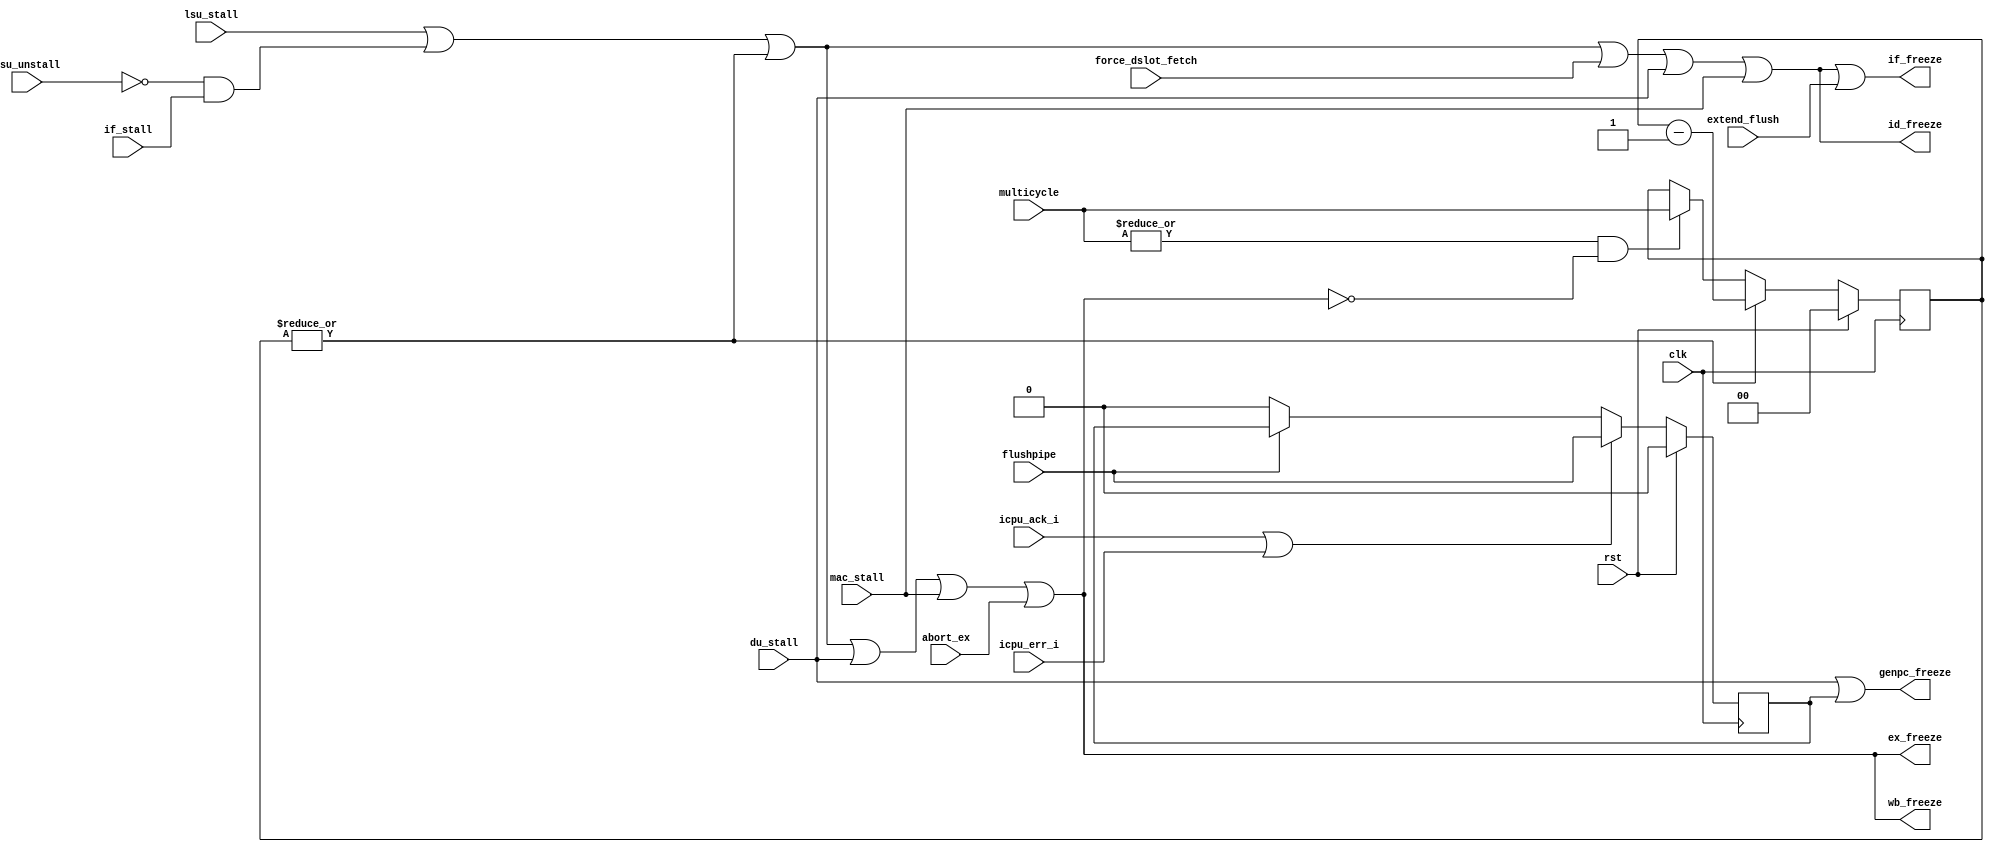
`define OR1200_DCFGR_NDP		3'h0	// Zero DVR/DCR pairs
`define OR1200_DCFGR_WPCI		1'b0	// WP counters not impl.
`define OR1200_DCFGR_RES1		28'h0000000
`define OR1200_M2R_BYTE0 4'b0000
`define OR1200_M2R_BYTE1 4'b0001
`define OR1200_M2R_BYTE2 4'b0010
`define OR1200_M2R_BYTE3 4'b0011
`define OR1200_M2R_EXTB0 4'b0100
`define OR1200_M2R_EXTB1 4'b0101
`define OR1200_M2R_EXTB2 4'b0110
`define OR1200_M2R_EXTB3 4'b0111
`define OR1200_M2R_ZERO  4'b0000
`define OR1200_ICCFGR_NCW		3'h0	// 1 cache way
`define OR1200_ICCFGR_NCS 9	// Num cache sets
`define OR1200_ICCFGR_CBS 9	// 16 byte cache block
`define OR1200_ICCFGR_CWS		1'b0	// Irrelevant
`define OR1200_ICCFGR_CCRI		1'b1	// Cache control reg impl.
`define OR1200_ICCFGR_CBIRI		1'b1	// Cache block inv reg impl.
`define OR1200_ICCFGR_CBPRI		1'b0	// Cache block prefetch reg not impl.
`define OR1200_ICCFGR_CBLRI		1'b0	// Cache block lock reg not impl.
`define OR1200_ICCFGR_CBFRI		1'b1	// Cache block flush reg impl.
`define OR1200_ICCFGR_CBWBRI		1'b0	// Irrelevant
`define OR1200_ICCFGR_RES1		17'h00000
//`define OR1200_ICCFGR_NCW_BITS		2:0
//`define OR1200_ICCFGR_NCS_BITS		6:3
`define OR1200_ICCFGR_CBS_BITS		7
`define OR1200_ICCFGR_CWS_BITS		8
`define OR1200_ICCFGR_CCRI_BITS		9
`define OR1200_ICCFGR_CBIRI_BITS	10
`define OR1200_ICCFGR_CBPRI_BITS	11
`define OR1200_ICCFGR_CBLRI_BITS	12
`define OR1200_ICCFGR_CBFRI_BITS	13
`define OR1200_ICCFGR_CBWBRI_BITS	14
//`define OR1200_ICCFGR_RES1_BITS	31:15
`define OR1200_DCCFGR_NCW		3'h0	// 1 cache way
`define OR1200_DCCFGR_NCS 9	// Num cache sets
`define OR1200_DCCFGR_CBS 9	// 16 byte cache block
`define OR1200_DCCFGR_CWS		1'b0	// Write-through strategy
`define OR1200_DCCFGR_CCRI		1'b1	// Cache control reg impl.
`define OR1200_DCCFGR_CBIRI		1'b1	// Cache block inv reg impl.
`define OR1200_DCCFGR_CBPRI		1'b0	// Cache block prefetch reg not impl.
`define OR1200_DCCFGR_CBLRI		1'b0	// Cache block lock reg not impl.
`define OR1200_DCCFGR_CBFRI		1'b1	// Cache block flush reg impl.
`define OR1200_DCCFGR_CBWBRI		1'b0	// Cache block WB reg not impl.
`define OR1200_DCCFGR_RES1		17'h00000
//`define OR1200_DCCFGR_NCW_BITS		2:0
//`define OR1200_DCCFGR_NCS_BITS		6:3
`define OR1200_DCCFGR_CBS_BITS		7
`define OR1200_DCCFGR_CWS_BITS		8
`define OR1200_DCCFGR_CCRI_BITS		9
`define OR1200_DCCFGR_CBIRI_BITS	10
`define OR1200_DCCFGR_CBPRI_BITS	11
`define OR1200_DCCFGR_CBLRI_BITS	12
`define OR1200_DCCFGR_CBFRI_BITS	13
`define OR1200_DCCFGR_CBWBRI_BITS	14
//`define OR1200_DCCFGR_RES1_BITS	31:15
`define OR1200_IMMUCFGR_NTW		2'h0	// 1 TLB way
`define OR1200_IMMUCFGR_NTS 3'b101	// Num TLB sets
`define OR1200_IMMUCFGR_NAE		3'h0	// No ATB entry
`define OR1200_IMMUCFGR_CRI		1'b0	// No control reg
`define OR1200_IMMUCFGR_PRI		1'b0	// No protection reg
`define OR1200_IMMUCFGR_TEIRI		1'b1	// TLB entry inv reg impl
`define OR1200_IMMUCFGR_HTR		1'b0	// No HW TLB reload
`define OR1200_IMMUCFGR_RES1		20'h00000
//`define OR1200_CPUCFGR_NSGF_BITS	3:0
`define OR1200_CPUCFGR_HGF_BITS	4
`define OR1200_CPUCFGR_OB32S_BITS	5
`define OR1200_CPUCFGR_OB64S_BITS	6
`define OR1200_CPUCFGR_OF32S_BITS	7
`define OR1200_CPUCFGR_OF64S_BITS	8
`define OR1200_CPUCFGR_OV64S_BITS	9
//`define OR1200_CPUCFGR_RES1_BITS	31:10
`define OR1200_CPUCFGR_NSGF		4'h0
`define OR1200_CPUCFGR_HGF		1'b0
`define OR1200_CPUCFGR_OB32S		1'b1
`define OR1200_CPUCFGR_OB64S		1'b0
`define OR1200_CPUCFGR_OF32S		1'b0
`define OR1200_CPUCFGR_OF64S		1'b0
`define OR1200_CPUCFGR_OV64S		1'b0
`define OR1200_CPUCFGR_RES1		22'h000000
`define OR1200_DMMUCFGR_NTW_BITS	1:0
`define OR1200_DMMUCFGR_NTS_BITS	4:2
`define OR1200_DMMUCFGR_NAE_BITS	7:5
`define OR1200_DMMUCFGR_CRI_BITS	8
`define OR1200_DMMUCFGR_PRI_BITS	9
`define OR1200_DMMUCFGR_TEIRI_BITS	10
`define OR1200_DMMUCFGR_HTR_BITS	11
//`define OR1200_DMMUCFGR_RES1_BITS	31:12
`define OR1200_DMMUCFGR_NTW		2'h0	// 1 TLB way
`define OR1200_DMMUCFGR_NTS 3'b110	// Num TLB sets
`define OR1200_DMMUCFGR_NAE		3'h0	// No ATB entries
`define OR1200_DMMUCFGR_CRI		1'b0	// No control register
`define OR1200_DMMUCFGR_PRI		1'b0	// No protection reg
`define OR1200_DMMUCFGR_TEIRI		1'b1	// TLB entry inv reg impl.
`define OR1200_DMMUCFGR_HTR		1'b0	// No HW TLB reload
`define OR1200_DMMUCFGR_RES1		20'h00000
`define OR1200_IMMUCFGR_NTW_BITS	1:0
`define OR1200_IMMUCFGR_NTS_BITS	4:2
`define OR1200_IMMUCFGR_NAE_BITS	7:5
`define OR1200_IMMUCFGR_CRI_BITS	8
`define OR1200_IMMUCFGR_PRI_BITS	9
`define OR1200_IMMUCFGR_TEIRI_BITS	10
`define OR1200_IMMUCFGR_HTR_BITS	11
//`define OR1200_IMMUCFGR_RES1_BITS	31:12
`define OR1200_SPRGRP_SYS_VR		4'h0
`define OR1200_SPRGRP_SYS_UPR		4'h1
`define OR1200_SPRGRP_SYS_CPUCFGR	4'h2
`define OR1200_SPRGRP_SYS_DMMUCFGR	4'h3
`define OR1200_SPRGRP_SYS_IMMUCFGR	4'h4
`define OR1200_SPRGRP_SYS_DCCFGR	4'h5
`define OR1200_SPRGRP_SYS_ICCFGR	4'h6
`define OR1200_SPRGRP_SYS_DCFGR	4'h7
`define OR1200_VR_REV_BITS		5:0
`define OR1200_VR_RES1_BITS		15:6
`define OR1200_VR_CFG_BITS		23:16
`define OR1200_VR_VER_BITS		31:24
`define OR1200_VR_REV			6'h01
`define OR1200_VR_RES1			10'h000
`define OR1200_VR_CFG			8'h00
`define OR1200_VR_VER			8'h12
`define OR1200_UPR_UP_BITS		0
`define OR1200_UPR_DCP_BITS		1
`define OR1200_UPR_ICP_BITS		2
`define OR1200_UPR_DMP_BITS		3
`define OR1200_UPR_IMP_BITS		4
`define OR1200_UPR_MP_BITS		5
`define OR1200_UPR_DUP_BITS		6
`define OR1200_UPR_PCUP_BITS		7
`define OR1200_UPR_PMP_BITS		8
`define OR1200_UPR_PICP_BITS		9
`define OR1200_UPR_TTP_BITS		10
`define OR1200_UPR_RES1_BITS		23:11
`define OR1200_UPR_CUP_BITS		31:24
`define OR1200_UPR_RES1			13'h0000
`define OR1200_UPR_CUP			8'h00
`define OR1200_DU_DSR_WIDTH 14
`define OR1200_EXCEPT_UNUSED		3'hf
`define OR1200_EXCEPT_TRAP		3'he
`define OR1200_EXCEPT_BREAK		3'hd
`define OR1200_EXCEPT_SYSCALL		3'hc
`define OR1200_EXCEPT_RANGE		3'hb
`define OR1200_EXCEPT_ITLBMISS		3'ha
`define OR1200_EXCEPT_DTLBMISS		3'h9
`define OR1200_EXCEPT_INT		3'h8
`define OR1200_EXCEPT_ILLEGAL		3'h7
`define OR1200_EXCEPT_ALIGN		3'h6
`define OR1200_EXCEPT_TICK		3'h5
`define OR1200_EXCEPT_IPF		3'h4
`define OR1200_EXCEPT_DPF		3'h3
`define OR1200_EXCEPT_BUSERR		3'h2
`define OR1200_EXCEPT_RESET		3'h1
`define OR1200_EXCEPT_NONE		3'h0
`define OR1200_OPERAND_WIDTH		32
`define OR1200_REGFILE_ADDR_WIDTH	5
`define OR1200_ALUOP_WIDTH	4
`define OR1200_ALUOP_NOP	4'b000
`define OR1200_ALUOP_ADD	4'b0000
`define OR1200_ALUOP_ADDC	4'b0001
`define OR1200_ALUOP_SUB	4'b0010
`define OR1200_ALUOP_AND	4'b0011
`define OR1200_ALUOP_OR		4'b0100
`define OR1200_ALUOP_XOR	4'b0101
`define OR1200_ALUOP_MUL	4'b0110
`define OR1200_ALUOP_CUST5	4'b0111
`define OR1200_ALUOP_SHROT	4'b1000
`define OR1200_ALUOP_DIV	4'b1001
`define OR1200_ALUOP_DIVU	4'b1010
`define OR1200_ALUOP_IMM	4'b1011
`define OR1200_ALUOP_MOVHI	4'b1100
`define OR1200_ALUOP_COMP	4'b1101
`define OR1200_ALUOP_MTSR	4'b1110
`define OR1200_ALUOP_MFSR	4'b1111
`define OR1200_ALUOP_CMOV 4'b1110
`define OR1200_ALUOP_FF1  4'b1111
`define OR1200_MACOP_WIDTH	2
`define OR1200_MACOP_NOP	2'b00
`define OR1200_MACOP_MAC	2'b01
`define OR1200_MACOP_MSB	2'b10
`define OR1200_SHROTOP_WIDTH	2
`define OR1200_SHROTOP_NOP	2'b00
`define OR1200_SHROTOP_SLL	2'b00
`define OR1200_SHROTOP_SRL	2'b01
`define OR1200_SHROTOP_SRA	2'b10
`define OR1200_SHROTOP_ROR	2'b11
`define OR1200_MULTICYCLE_WIDTH	2
`define OR1200_ONE_CYCLE		2'b00
`define OR1200_TWO_CYCLES		2'b01
`define OR1200_SEL_WIDTH		2
`define OR1200_SEL_RF			2'b00
`define OR1200_SEL_IMM			2'b01
`define OR1200_SEL_EX_FORW		2'b10
`define OR1200_SEL_WB_FORW		2'b11
`define OR1200_BRANCHOP_WIDTH		3
`define OR1200_BRANCHOP_NOP		3'b000
`define OR1200_BRANCHOP_J		3'b001
`define OR1200_BRANCHOP_JR		3'b010
`define OR1200_BRANCHOP_BAL		3'b011
`define OR1200_BRANCHOP_BF		3'b100
`define OR1200_BRANCHOP_BNF		3'b101
`define OR1200_BRANCHOP_RFE		3'b110
`define OR1200_LSUOP_WIDTH		4
`define OR1200_LSUOP_NOP		4'b0000
`define OR1200_LSUOP_LBZ		4'b0010
`define OR1200_LSUOP_LBS		4'b0011
`define OR1200_LSUOP_LHZ		4'b0100
`define OR1200_LSUOP_LHS		4'b0101
`define OR1200_LSUOP_LWZ		4'b0110
`define OR1200_LSUOP_LWS		4'b0111
`define OR1200_LSUOP_LD		4'b0001
`define OR1200_LSUOP_SD		4'b1000
`define OR1200_LSUOP_SB		4'b1010
`define OR1200_LSUOP_SH		4'b1100
`define OR1200_LSUOP_SW		4'b1110
`define OR1200_FETCHOP_WIDTH		1
`define OR1200_FETCHOP_NOP		1'b0
`define OR1200_FETCHOP_LW		1'b1
`define OR1200_RFWBOP_WIDTH		3
`define OR1200_RFWBOP_NOP		3'b000
`define OR1200_RFWBOP_ALU		3'b001
`define OR1200_RFWBOP_LSU		3'b011
`define OR1200_RFWBOP_SPRS		3'b101
`define OR1200_RFWBOP_LR		3'b111
`define OR1200_COP_SFEQ       3'b000
`define OR1200_COP_SFNE       3'b001
`define OR1200_COP_SFGT       3'b010
`define OR1200_COP_SFGE       3'b011
`define OR1200_COP_SFLT       3'b100
`define OR1200_COP_SFLE       3'b101
`define OR1200_COP_X          3'b111
`define OR1200_SIGNED_COMPARE 3'b011
`define OR1200_COMPOP_WIDTH	4
`define OR1200_ITAG_IDLE	4'h0	// idle bus
`define	OR1200_ITAG_NI		4'h1	// normal insn
`define OR1200_ITAG_BE		4'hb	// Bus error exception
`define OR1200_ITAG_PE		4'hc	// Page fault exception
`define OR1200_ITAG_TE		4'hd	// TLB miss exception
`define OR1200_DTAG_IDLE	4'h0	// idle bus
`define	OR1200_DTAG_ND		4'h1	// normal data
`define OR1200_DTAG_AE		4'ha	// Alignment exception
`define OR1200_DTAG_BE		4'hb	// Bus error exception
`define OR1200_DTAG_PE		4'hc	// Page fault exception
`define OR1200_DTAG_TE		4'hd	// TLB miss exception
`define OR1200_DU_DSR_RSTE	0
`define OR1200_DU_DSR_BUSEE	1
`define OR1200_DU_DSR_DPFE	2
`define OR1200_DU_DSR_IPFE	3
`define OR1200_DU_DSR_TTE	4
`define OR1200_DU_DSR_AE	5
`define OR1200_DU_DSR_IIE	6
`define OR1200_DU_DSR_IE	7
`define OR1200_DU_DSR_DME	8
`define OR1200_DU_DSR_IME	9
`define OR1200_DU_DSR_RE	10
`define OR1200_DU_DSR_SCE	11
`define OR1200_DU_DSR_BE	12
`define OR1200_DU_DSR_TE	13
//`define OR1200_SHROTOP_POS		7:6
//`define OR1200_ALUMCYC_POS		9:8
`define OR1200_OR32_J                 6'b000000
`define OR1200_OR32_JAL               6'b000001
`define OR1200_OR32_BNF               6'b000011
`define OR1200_OR32_BF                6'b000100
`define OR1200_OR32_NOP               6'b000101
`define OR1200_OR32_MOVHI             6'b000110
`define OR1200_OR32_XSYNC             6'b001000
`define OR1200_OR32_RFE               6'b001001
`define OR1200_OR32_JR                6'b010001
`define OR1200_OR32_JALR              6'b010010
`define OR1200_OR32_MACI              6'b010011
`define OR1200_OR32_LWZ               6'b100001
`define OR1200_OR32_LBZ               6'b100011
`define OR1200_OR32_LBS               6'b100100
`define OR1200_OR32_LHZ               6'b100101
`define OR1200_OR32_LHS               6'b100110
`define OR1200_OR32_ADDI              6'b100111
`define OR1200_OR32_ADDIC             6'b101000
`define OR1200_OR32_ANDI              6'b101001
`define OR1200_OR32_ORI               6'b101010
`define OR1200_OR32_XORI              6'b101011
`define OR1200_OR32_MULI              6'b101100
`define OR1200_OR32_MFSPR             6'b101101
`define OR1200_OR32_SH_ROTI 	      6'b101110
`define OR1200_OR32_SFXXI             6'b101111
`define OR1200_OR32_MTSPR             6'b110000
`define OR1200_OR32_MACMSB            6'b110001
`define OR1200_OR32_SW                6'b110101
`define OR1200_OR32_SB                6'b110110
`define OR1200_OR32_SH                6'b110111
`define OR1200_OR32_ALU               6'b111000
`define OR1200_OR32_SFXX              6'b111001
`define OR1200_OR32_CUST5             6'b111100
`define OR1200_EXCEPT_EPH0_P 20'h00000
`define OR1200_EXCEPT_EPH1_P 20'hF0000
`define OR1200_EXCEPT_V		   8'h00
`define OR1200_EXCEPT_WIDTH 4
`define OR1200_SPR_GROUP_SYS	5'b00000
`define OR1200_SPR_GROUP_DMMU	5'b00001
`define OR1200_SPR_GROUP_IMMU	5'b00010
`define OR1200_SPR_GROUP_DC	5'b00011
`define OR1200_SPR_GROUP_IC	5'b00100
`define OR1200_SPR_GROUP_MAC	5'b00101
`define OR1200_SPR_GROUP_DU	5'b00110
`define OR1200_SPR_GROUP_PM	5'b01000
`define OR1200_SPR_GROUP_PIC	5'b01001
`define OR1200_SPR_GROUP_TT	5'b01010
`define OR1200_SPR_CFGR		7'b0000000
`define OR1200_SPR_RF		6'b100000	// 1024 >> 5
`define OR1200_SPR_NPC		11'b00000010000
`define OR1200_SPR_SR		11'b00000010001
`define OR1200_SPR_PPC		11'b00000010010
`define OR1200_SPR_EPCR		11'b00000100000
`define OR1200_SPR_EEAR		11'b00000110000
`define OR1200_SPR_ESR		11'b00001000000
`define OR1200_SR_WIDTH 16
`define OR1200_SR_SM   0
`define OR1200_SR_TEE  1
`define OR1200_SR_IEE  2
`define OR1200_SR_DCE  3
`define OR1200_SR_ICE  4
`define OR1200_SR_DME  5
`define OR1200_SR_IME  6
`define OR1200_SR_LEE  7
`define OR1200_SR_CE   8
`define OR1200_SR_F    9
`define OR1200_SR_CY   10	// Unused
`define OR1200_SR_OV   11	// Unused
`define OR1200_SR_OVE  12	// Unused
`define OR1200_SR_DSX  13	// Unused
`define OR1200_SR_EPH  14
`define OR1200_SR_FO   15
`define OR1200_SR_EPH_DEF	1'b0
`define OR1200_PM_PMR_DME 4
`define OR1200_PM_PMR_SME 5
`define OR1200_PM_PMR_DCGE 6
`define OR1200_PM_OFS_PMR 11'b0
`define OR1200_SPRGRP_PM 5'b01000
`define OR1200_PIC_INTS 20
`define OR1200_PIC_OFS_PICMR 2'b00
`define OR1200_PIC_OFS_PICSR 2'b10
`define OR1200_TT_OFS_TTMR 1'b0
`define OR1200_TT_OFS_TTCR 1'b1
`define OR1200_TTOFS_BITS 0
`define OR1200_TT_TTMR_IP 28
`define OR1200_TT_TTMR_IE 29
`define OR1200_MAC_ADDR		0	// MACLO 0xxxxxxxx1, MACHI 0xxxxxxxx0
`define OR1200_MAC_SHIFTBY	0	// 0 = According to arch manual, 28 = obsolete backward compatibility
`define OR1200_DTLB_TM_ADDR	7
`define	OR1200_DTLBMR_V_BITS	0
`define	OR1200_DTLBTR_CC_BITS	0
`define	OR1200_DTLBTR_CI_BITS	1
`define	OR1200_DTLBTR_WBC_BITS	2
`define	OR1200_DTLBTR_WOM_BITS	3
`define	OR1200_DTLBTR_A_BITS	4
`define	OR1200_DTLBTR_D_BITS	5
`define	OR1200_DTLBTR_URE_BITS	6
`define	OR1200_DTLBTR_UWE_BITS	7
`define	OR1200_DTLBTR_SRE_BITS	8
`define	OR1200_DTLBTR_SWE_BITS	9
`define	OR1200_DMMU_PS		13					// 13 for 8KB page size
`define	OR1200_DTLB_INDXW	6							// +5 because of protection bits and CI
`define OR1200_ITLB_TM_ADDR	7
`define	OR1200_ITLBMR_V_BITS	0
`define	OR1200_ITLBTR_CC_BITS	0
`define	OR1200_ITLBTR_CI_BITS	1
`define	OR1200_ITLBTR_WBC_BITS	2
`define	OR1200_ITLBTR_WOM_BITS	3
`define	OR1200_ITLBTR_A_BITS	4
`define	OR1200_ITLBTR_D_BITS	5
`define	OR1200_ITLBTR_SXE_BITS	6
`define	OR1200_ITLBTR_UXE_BITS	7
`define	OR1200_IMMU_PS 13					
`define	OR1200_ITLB_INDXW	6			
`define OR1200_IMMU_CI			1'b0
`define OR1200_ICLS		4
`define OR1200_DCLS		4
// `define OR1200_DC_STORE_REFILL
`define OR1200_DCSIZE			12			// 4096
`define	OR1200_DCTAG_W			21
//`define OR1200_SB_IMPLEMENTED
`define OR1200_SB_LOG		2	// 2 or 3
`define OR1200_SB_ENTRIES	4	// 4 or 8
`define OR1200_QMEM_IADDR	32'h00800000
`define OR1200_QMEM_IMASK	32'hfff00000	// Max QMEM size 1MB
`define OR1200_QMEM_DADDR  32'h00800000
`define OR1200_QMEM_DMASK  32'hfff00000 // Max QMEM size 1MB
//`define OR1200_QMEM_BSEL
//`define OR1200_QMEM_ACK
`define OR1200_SPRGRP_SYS_VR		4'h0
`define OR1200_SPRGRP_SYS_UPR		4'h1
`define OR1200_SPRGRP_SYS_CPUCFGR	4'h2
`define OR1200_SPRGRP_SYS_DMMUCFGR	4'h3
`define OR1200_SPRGRP_SYS_IMMUCFGR	4'h4
`define OR1200_SPRGRP_SYS_DCCFGR	4'h5
`define OR1200_SPRGRP_SYS_ICCFGR	4'h6
`define OR1200_SPRGRP_SYS_DCFGR	4'h7
`define OR1200_VR_REV			6'h01
`define OR1200_VR_RES1			10'h000
`define OR1200_VR_CFG			8'h00
`define OR1200_VR_VER			8'h12
`define OR1200_UPR_UP			1'b1
`define OR1200_UPR_DCP			1'b1
`define OR1200_UPR_ICP			1'b1
`define OR1200_UPR_DMP			1'b1
`define OR1200_UPR_IMP			1'b1
`define OR1200_UPR_MP			1'b1	// MAC always present
`define OR1200_UPR_DUP			1'b1
`define OR1200_UPR_PCUP			1'b0	// Performance counters not present
`define OR1200_UPR_PMP			1'b1
`define OR1200_UPR_PICP			1'b1
`define OR1200_UPR_TTP			1'b1
`define OR1200_UPR_RES1			13'h0000
`define OR1200_UPR_CUP			8'h00
`define OR1200_CPUCFGR_HGF_BITS	4
`define OR1200_CPUCFGR_OB32S_BITS	5
`define OR1200_CPUCFGR_OB64S_BITS	6
`define OR1200_CPUCFGR_OF32S_BITS	7
`define OR1200_CPUCFGR_OF64S_BITS	8
`define OR1200_CPUCFGR_OV64S_BITS	9
`define OR1200_CPUCFGR_NSGF		4'h0
`define OR1200_CPUCFGR_HGF		1'b0
`define OR1200_CPUCFGR_OB32S		1'b1
`define OR1200_CPUCFGR_OB64S		1'b0
`define OR1200_CPUCFGR_OF32S		1'b0
`define OR1200_CPUCFGR_OF64S		1'b0
`define OR1200_CPUCFGR_OV64S		1'b0
`define OR1200_CPUCFGR_RES1		22'h000000
`define OR1200_DMMUCFGR_CRI_BITS	8
`define OR1200_DMMUCFGR_PRI_BITS	9
`define OR1200_DMMUCFGR_TEIRI_BITS	10
`define OR1200_DMMUCFGR_HTR_BITS	11
`define OR1200_DMMUCFGR_NTW		2'h0	// 1 TLB way
`define OR1200_DMMUCFGR_NAE		3'h0	// No ATB entries
`define OR1200_DMMUCFGR_CRI		1'b0	// No control register
`define OR1200_DMMUCFGR_PRI		1'b0	// No protection reg
`define OR1200_DMMUCFGR_TEIRI		1'b1	// TLB entry inv reg impl.
`define OR1200_DMMUCFGR_HTR		1'b0	// No HW TLB reload
`define OR1200_DMMUCFGR_RES1		20'h00000
`define OR1200_IMMUCFGR_CRI_BITS	8
`define OR1200_IMMUCFGR_PRI_BITS	9
`define OR1200_IMMUCFGR_TEIRI_BITS	10
`define OR1200_IMMUCFGR_HTR_BITS	11
`define OR1200_IMMUCFGR_NTW		2'h0	// 1 TLB way
`define OR1200_IMMUCFGR_NAE		3'h0	// No ATB entry
`define OR1200_IMMUCFGR_CRI		1'b0	// No control reg
`define OR1200_IMMUCFGR_PRI		1'b0	// No protection reg
`define OR1200_IMMUCFGR_TEIRI		1'b1	// TLB entry inv reg impl
`define OR1200_IMMUCFGR_HTR		1'b0	// No HW TLB reload
`define OR1200_IMMUCFGR_RES1		20'h00000
`define OR1200_DCCFGR_CBS_BITS		7
`define OR1200_DCCFGR_CWS_BITS		8
`define OR1200_DCCFGR_CCRI_BITS		9
`define OR1200_DCCFGR_CBIRI_BITS	10
`define OR1200_DCCFGR_CBPRI_BITS	11
`define OR1200_DCCFGR_CBLRI_BITS	12
`define OR1200_DCCFGR_CBFRI_BITS	13
`define OR1200_DCCFGR_CBWBRI_BITS	14
`define OR1200_DCCFGR_NCW		3'h0	// 1 cache way
`define OR1200_DCCFGR_CWS		1'b0	// Write-through strategy
`define OR1200_DCCFGR_CCRI		1'b1	// Cache control reg impl.
`define OR1200_DCCFGR_CBIRI		1'b1	// Cache block inv reg impl.
`define OR1200_DCCFGR_CBPRI		1'b0	// Cache block prefetch reg not impl.
`define OR1200_DCCFGR_CBLRI		1'b0	// Cache block lock reg not impl.
`define OR1200_DCCFGR_CBFRI		1'b1	// Cache block flush reg impl.
`define OR1200_DCCFGR_CBWBRI		1'b0	// Cache block WB reg not impl.
`define OR1200_DCCFGR_RES1		17'h00000
`define OR1200_ICCFGR_CBS_BITS		7
`define OR1200_ICCFGR_CWS_BITS		8
`define OR1200_ICCFGR_CCRI_BITS		9
`define OR1200_ICCFGR_CBIRI_BITS	10
`define OR1200_ICCFGR_CBPRI_BITS	11
`define OR1200_ICCFGR_CBLRI_BITS	12
`define OR1200_ICCFGR_CBFRI_BITS	13
`define OR1200_ICCFGR_CBWBRI_BITS	14
`define OR1200_ICCFGR_NCW		3'h0	// 1 cache way
`define OR1200_ICCFGR_CWS		1'b0	// Irrelevant
`define OR1200_ICCFGR_CCRI		1'b1	// Cache control reg impl.
`define OR1200_ICCFGR_CBIRI		1'b1	// Cache block inv reg impl.
`define OR1200_ICCFGR_CBPRI		1'b0	// Cache block prefetch reg not impl.
`define OR1200_ICCFGR_CBLRI		1'b0	// Cache block lock reg not impl.
`define OR1200_ICCFGR_CBFRI		1'b1	// Cache block flush reg impl.
`define OR1200_ICCFGR_CBWBRI		1'b0	// Irrelevant
`define OR1200_ICCFGR_RES1		17'h00000
`define OR1200_DCFGR_WPCI_BITS		3
`define OR1200_DCFGR_NDP		3'h0	// Zero DVR/DCR pairs
`define OR1200_DCFGR_WPCI		1'b0	// WP counters not impl.
`define OR1200_DCFGR_RES1		28'h0000000
`define SIMULATION_MEMORY
`define OR1200_ITAG_IDLE	4'h0	// idle bus
`define	OR1200_ITAG_NI		4'h1	// normal insn
`define OR1200_ITAG_BE		4'hb	// Bus error exception
`define OR1200_ITAG_PE		4'hc	// Page fault exception
`define OR1200_ITAG_TE		4'hd	// TLB miss exception
`define OR1200_BRANCHOP_WIDTH		3
`define OR1200_BRANCHOP_NOP		3'b000
`define OR1200_BRANCHOP_J		3'b001
`define OR1200_BRANCHOP_JR		3'b010
`define OR1200_BRANCHOP_BAL		3'b011
`define OR1200_BRANCHOP_BF		3'b100
`define OR1200_BRANCHOP_BNF		3'b101
`define OR1200_BRANCHOP_RFE		3'b110
`define OR1200_EXCEPT_WIDTH 4
`define OR1200_EXCEPT_EPH0_P 20'h00000
`define OR1200_EXCEPT_EPH1_P 20'hF0000
`define OR1200_EXCEPT_V		   8'h00
`define OR1200_ITAG_IDLE	4'h0	// idle bus
`define	OR1200_ITAG_NI		4'h1	// normal insn
`define OR1200_ITAG_BE		4'hb	// Bus error exception
`define OR1200_ITAG_PE		4'hc	// Page fault exception
`define OR1200_ITAG_TE		4'hd	// TLB miss exception
`define OR1200_OR32_J                 6'b000000
`define OR1200_OR32_JAL               6'b000001
`define OR1200_OR32_BNF               6'b000011
`define OR1200_OR32_BF                6'b000100
`define OR1200_OR32_NOP               6'b000101
`define OR1200_OR32_MOVHI             6'b000110
`define OR1200_OR32_XSYNC             6'b001000
`define OR1200_OR32_RFE               6'b001001
`define OR1200_OR32_JR                6'b010001
`define OR1200_OR32_JALR              6'b010010
`define OR1200_OR32_MACI              6'b010011
`define OR1200_OR32_LWZ               6'b100001
`define OR1200_OR32_LBZ               6'b100011
`define OR1200_OR32_LBS               6'b100100
`define OR1200_OR32_LHZ               6'b100101
`define OR1200_OR32_LHS               6'b100110
`define OR1200_OR32_ADDI              6'b100111
`define OR1200_OR32_ADDIC             6'b101000
`define OR1200_OR32_ANDI              6'b101001
`define OR1200_OR32_ORI               6'b101010
`define OR1200_OR32_XORI              6'b101011
`define OR1200_OR32_MULI              6'b101100
`define OR1200_OR32_MFSPR             6'b101101
`define OR1200_OR32_SH_ROTI 	      6'b101110
`define OR1200_OR32_SFXXI             6'b101111
`define OR1200_OR32_MTSPR             6'b110000
`define OR1200_OR32_MACMSB            6'b110001
`define OR1200_OR32_SW                6'b110101
`define OR1200_OR32_SB                6'b110110
`define OR1200_OR32_SH                6'b110111
`define OR1200_OR32_ALU               6'b111000
`define OR1200_OR32_SFXX              6'b111001
//`define OR1200_OR32_CUST5             6'b111100
`define OR1200_NO_FREEZE	3'b000
`define OR1200_FREEZE_BYDC	3'b001
`define OR1200_FREEZE_BYMULTICYCLE	3'b010
`define OR1200_WAIT_LSU_TO_FINISH	3'b011
`define OR1200_WAIT_IC			3'b100
`define OR1200_EXCEPTFSM_WIDTH 3
`define OR1200_EXCEPTFSM_IDLE	3'b000
`define OR1200_EXCEPTFSM_FLU1 	3'b001
`define OR1200_EXCEPTFSM_FLU2 	3'b010
`define OR1200_EXCEPTFSM_FLU3 	3'b011
`define OR1200_EXCEPTFSM_FLU5 	3'b101
`define OR1200_EXCEPTFSM_FLU4 	3'b100

module or1200_freeze(
	// Clock and reset
	clk, rst,

	// Internal i/f
	multicycle, flushpipe, extend_flush, lsu_stall, if_stall,
	lsu_unstall,  
	force_dslot_fetch, abort_ex, du_stall,  mac_stall,
	genpc_freeze, if_freeze, id_freeze, ex_freeze, wb_freeze,
	icpu_ack_i, icpu_err_i
);

//
// I/O
//
input				clk;
input				rst;
input	[`OR1200_MULTICYCLE_WIDTH-1:0]	multicycle;
input				flushpipe;
input				extend_flush;
input				lsu_stall;
input				if_stall;
input				lsu_unstall;
input				force_dslot_fetch;
input				abort_ex;
input				du_stall;
input				mac_stall;
output				genpc_freeze;
output				if_freeze;
output				id_freeze;
output				ex_freeze;
output				wb_freeze;
input				icpu_ack_i;
input				icpu_err_i;

//
// Internal wires and regs
//
wire				multicycle_freeze;
reg	[`OR1200_MULTICYCLE_WIDTH-1:0]	multicycle_cnt;
reg				flushpipe_r;

//
// Pipeline freeze
//
// Rules how to create freeze signals:
// 1. Not overwriting pipeline stages:
// Freze signals at the beginning of pipeline (such as if_freeze) can be asserted more
// often than freeze signals at the of pipeline (such as wb_freeze). In other words, wb_freeze must never
// be asserted when ex_freeze is not. ex_freeze must never be asserted when id_freeze is not etc.
//
// 2. Inserting NOPs in the middle of pipeline only if supported:
// At this time, only ex_freeze (and wb_freeze) can be deassrted when id_freeze (and if_freeze) are asserted.
// This way NOP is asserted from stage ID into EX stage.
//
//assign genpc_freeze = du_stall | flushpipe_r | lsu_stall;
assign genpc_freeze = du_stall | flushpipe_r;
assign if_freeze = id_freeze | extend_flush;
//assign id_freeze = (lsu_stall | (~lsu_unstall & if_stall) | multicycle_freeze | force_dslot_fetch) & ~flushpipe | du_stall;
assign id_freeze = (lsu_stall | (~lsu_unstall & if_stall) | multicycle_freeze | force_dslot_fetch) | du_stall | mac_stall;
assign ex_freeze = wb_freeze;
//assign wb_freeze = (lsu_stall | (~lsu_unstall & if_stall) | multicycle_freeze) & ~flushpipe | du_stall | mac_stall;
assign wb_freeze = (lsu_stall | (~lsu_unstall & if_stall) | multicycle_freeze) | du_stall | mac_stall | abort_ex;

//
// registered flushpipe
//
always @(posedge clk )
	if (rst)
		flushpipe_r <=  1'b0;
	else if (icpu_ack_i | icpu_err_i)
//	else if (!if_stall)
		flushpipe_r <=  flushpipe;
	else if (!flushpipe)
		flushpipe_r <=  1'b0;
		
//
// Multicycle freeze
//
assign multicycle_freeze = |multicycle_cnt;

//
// Multicycle counter
//
always @(posedge clk )
	if (rst)
		multicycle_cnt <=  2'b00;
	else if (|multicycle_cnt)
		multicycle_cnt <=  multicycle_cnt - 2'b01;
	else if (|multicycle & !ex_freeze)
		multicycle_cnt <=  multicycle;

endmodule